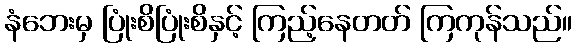
နံဘေးမှ ပြုံးစိပြုံးစိနှင့် ကြည့်နေတတ် ကြကုန်သည်။